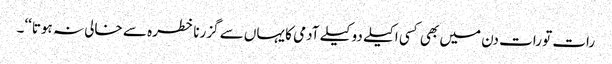
رات تو رات دن میں بھی کسی اکیلے دو کیلے آدمی کا یہاں سے گزرنا خطرہ سے خالی نہ ہوتا‘‘۔